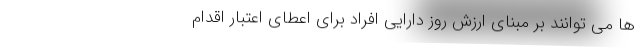
ها می توانند بر مبنای ارزش روز دارایی افراد برای اعطای اعتبار اقدام